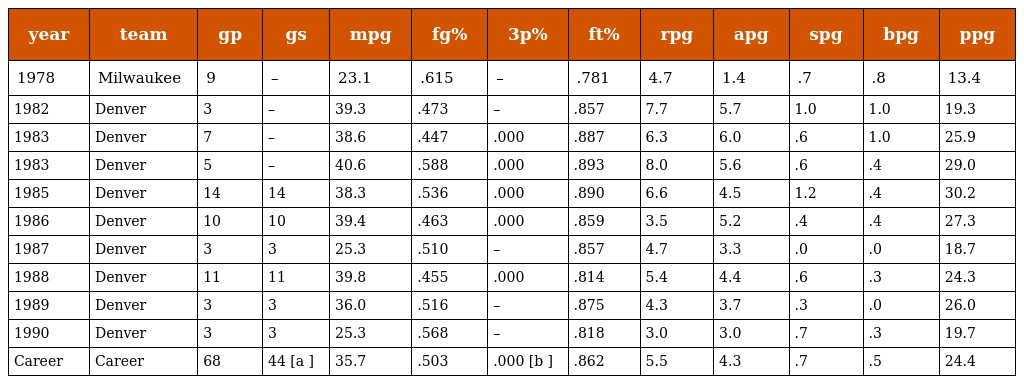
| year | team | gp | gs | mpg | fg% | 3p% | ft% | rpg | apg | spg | bpg | ppg |
 | --- | --- | --- | --- | --- | --- | --- | --- | --- | --- | --- | --- | --- |
 | 1978 | Milwaukee | 9 | – | 23.1 | .615 | – | .781 | 4.7 | 1.4 | .7 | .8 | 13.4 |
 | 1982 | Denver | 3 | – | 39.3 | .473 | – | .857 | 7.7 | 5.7 | 1.0 | 1.0 | 19.3 |
 | 1983 | Denver | 7 | – | 38.6 | .447 | .000 | .887 | 6.3 | 6.0 | .6 | 1.0 | 25.9 |
 | 1983 | Denver | 5 | – | 40.6 | .588 | .000 | .893 | 8.0 | 5.6 | .6 | .4 | 29.0 |
 | 1985 | Denver | 14 | 14 | 38.3 | .536 | .000 | .890 | 6.6 | 4.5 | 1.2 | .4 | 30.2 |
 | 1986 | Denver | 10 | 10 | 39.4 | .463 | .000 | .859 | 3.5 | 5.2 | .4 | .4 | 27.3 |
 | 1987 | Denver | 3 | 3 | 25.3 | .510 | – | .857 | 4.7 | 3.3 | .0 | .0 | 18.7 |
 | 1988 | Denver | 11 | 11 | 39.8 | .455 | .000 | .814 | 5.4 | 4.4 | .6 | .3 | 24.3 |
 | 1989 | Denver | 3 | 3 | 36.0 | .516 | – | .875 | 4.3 | 3.7 | .3 | .0 | 26.0 |
 | 1990 | Denver | 3 | 3 | 25.3 | .568 | – | .818 | 3.0 | 3.0 | .7 | .3 | 19.7 |
 | Career | Career | 68 | 44 [a ] | 35.7 | .503 | .000 [b ] | .862 | 5.5 | 4.3 | .7 | .5 | 24.4 |